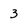
Character: 3